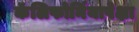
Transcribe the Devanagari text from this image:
कॅलिफोर्नियापेक्षा